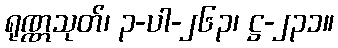
ရုဏ္ဏသုတ်၊ ၃-ပါ-၂၆၃၊ ဋ္ဌ-၂၃၁။